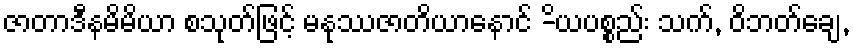
ဇာတာဒီနမိမိယာ စသုတ်ဖြင့် မနုဿဇာတိယာနောင် -ိယပစ္စည်း သက်, ဝိဘတ်ချေ,